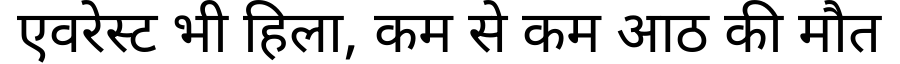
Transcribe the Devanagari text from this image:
एवरेस्ट भी हिला, कम से कम आठ की मौत